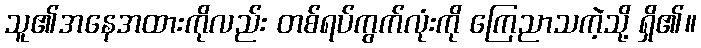
သူ၏အနေအထားကိုလည်း တစ်ရပ်ကွက်လုံးကို ကြေညာသကဲ့သို့ ရှိ၏။